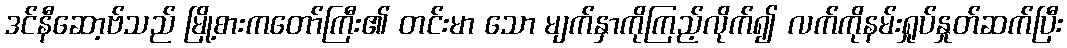
ဒင်နီဆော့ဗ်သည် မြို့စားကတော်ကြီး၏ တင်းမာ သော မျက်နှာကိုကြည့်လိုက်၍ လက်ကိုနမ်းရှုပ်နှုတ်ဆက်ပြီး